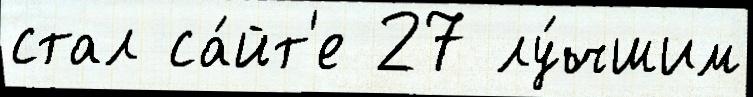
стал са́йт'е 27 лу́чшим